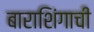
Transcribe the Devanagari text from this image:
बाराशिंगाची